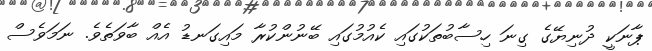
ޕާނަކީ ދުނިޔޭގެ ގިނަ ހިސާބުތަކުގައި ކެއުމުގައި ބޭނުންކުރާ މައިގަނޑު އެއް ބާވަތެވެ. ނަމަވެސް